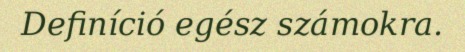
Definíció egész számokra.